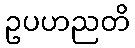
ဥပဟညတိ